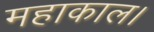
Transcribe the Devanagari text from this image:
महाकाल।